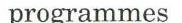
programmes